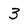
Character: 3